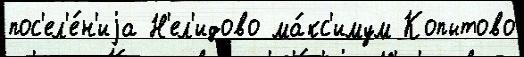
пос'ел'е́н'иjа Н'ел'идово ма́кс'имум Копытово